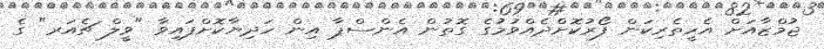
ޖުމްޒާއަށް އެހީތެރިކަން ފޯރުކޮށްދެއްވުމުގެ ގޮތުން އެންސްޕާ އިން ހަދިޔާކޮށްފައިވާ "ވީލް ޗެއަރ" ގެ